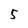
Character: 5